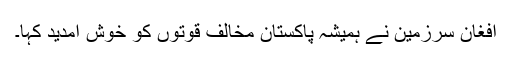
افغان سرزمین نے ہمیشہ پاکستان مخالف قوتوں کو خوش آمدید کہا۔